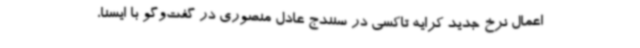
اعمال نرخ جدید کرایه تاکسی در سنندج عادل منصوری در گفت‌وگو با ایسنا،